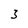
Character: 3